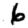
Digit: 6